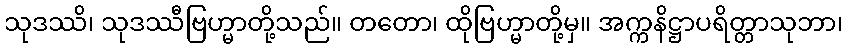
သုဒဿိ၊ သုဒဿီဗြဟ္မာတို့သည်။ တတော၊ ထိုဗြဟ္မာတို့မှ။ အက္ကနိဋ္ဌာပရိတ္တာသုဘာ၊